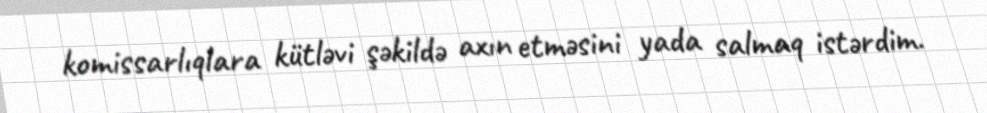
komissarlıqlara kütləvi şəkildə axın etməsini yada salmaq istərdim.